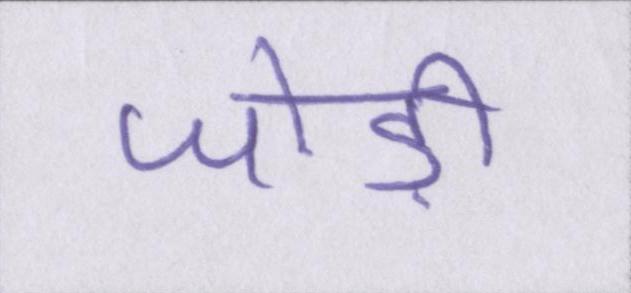
जोड़ी